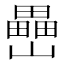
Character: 𡾔